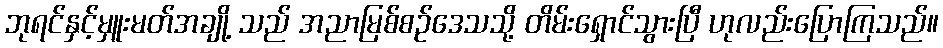
ဘုရင်နှင့်မှူးမတ်အချို့ သည် အညာမြစ်စဉ်ဒေသသို့ တိမ်းရှောင်သွားပြီ ဟုလည်းပြောကြသည်။